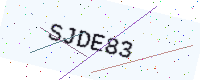
Text: SJDE83